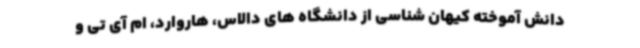
دانش آموخته کیهان شناسی از دانشگاه های دالاس، هاروارد، ام آی تی و